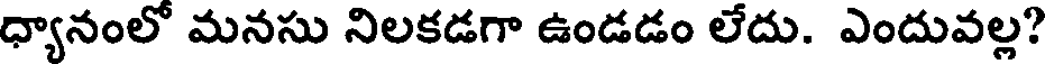
ధ్యానంలో మనసు నిలకడగా ఉండడం లేదు. ఎందువల్ల?